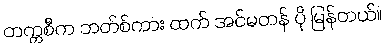
တက္ကစီက ဘတ်စ်ကား ထက် အင်မတန် ပို မြန်တယ်။